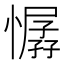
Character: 𢢁